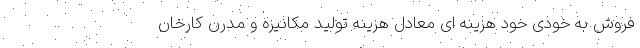
فروش به خودی خود هزینه ای معادل هزینه تولید مکانیزه و مدرن کارخان